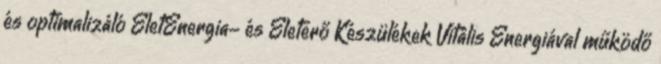
és optimalizáló ÉletEnergia- és Életerő Készülékek Vitális Energiával működő